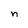
Character: n